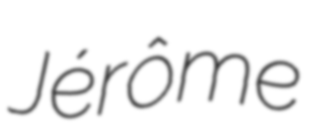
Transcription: Jérôme